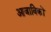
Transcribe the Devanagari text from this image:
आजाविकों